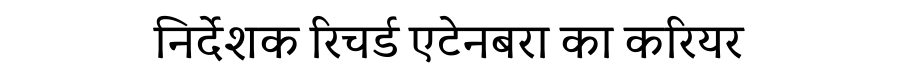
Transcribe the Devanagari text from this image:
निर्देशक रिचर्ड एटेनबरा का करियर